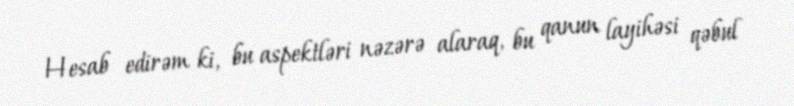
Hesab edirəm ki, bu aspektləri nəzərə alaraq, bu qanun layihəsi qəbul